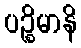
ပဉ္စိမာနိ